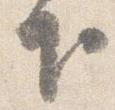
下